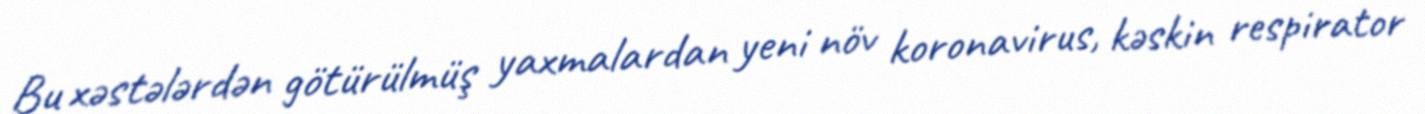
Bu xəstələrdən götürülmüş yaxmalardan yeni növ koronavirus, kəskin respirator